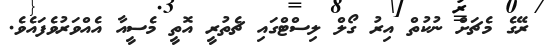
ރޭގެ މެޗަށް ނުކުތް އިރު ގޯލް ލިސްޓްގައި ޗެތުރީ އޮތީ މެސީއާ އެއްވަރުވެފައެވެ.